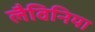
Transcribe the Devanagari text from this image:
लैविनिया